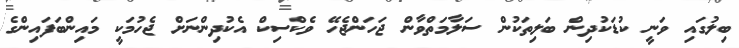
ބިލުގައި ވަނީ ކުޑަކުދިން ބަލިތަކުން ސަލާމަތްވާން ޖަހަންޖެހޭ ވެކްސިކް އެކުދިންނަށް ޖެހުމަކީ މައިންބަފައިންގެ